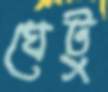
ঘেটু